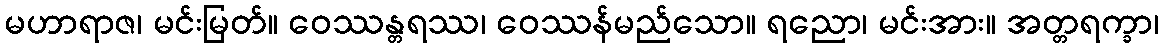
မဟာရာဇ၊ မင်းမြတ်။ ဝေဿန္တရဿ၊ ဝေဿန်မည်သော။ ရညော၊ မင်းအား။ အတ္တရက္ခာ၊